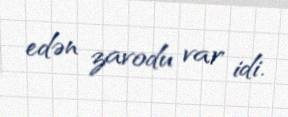
edən zavodu var idi.